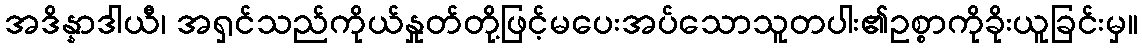
အဒိန္နာဒါယီ၊ အရှင်သည်ကိုယ်နှုတ်တို့ဖြင့်မပေးအပ်သောသူတပါး၏ဥစ္စာကိုခိုးယူခြင်းမှ။